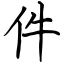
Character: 件